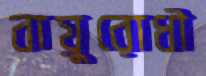
বায়ুরোধী